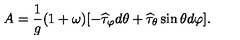
A = \frac { 1 } { g } ( 1 + \omega ) [ - \widehat \tau _ { \varphi } d \theta + \widehat \tau _ { \theta } \sin \theta d \varphi ] .